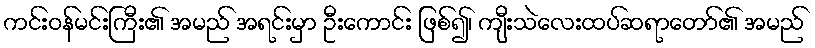
ကင်းဝန်မင်းကြီး၏ အမည် အရင်းမှာ ဦးကောင်း ဖြစ်၍၊ ကျီးသဲလေးထပ်ဆရာတော်၏ အမည်